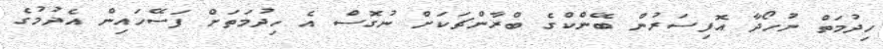
ހިދުމަތް ނުހޯދާ އޮފިސަރުން ބޭންކްގެ ބްރާންޗަކަށް ނުގޮސް އެ ހިދުމަތަށް ފަސޭހައިން އެދުމުގެ